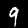
Label: 9